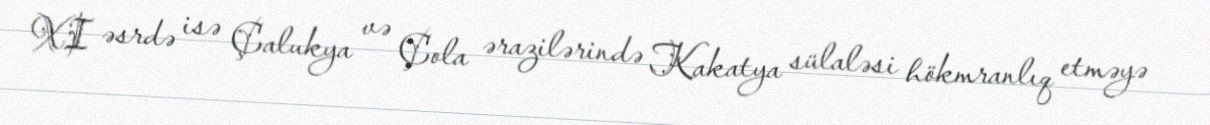
XI əsrdə isə Çalukya və Çola ərazilərində Kakatya sülaləsi hökmranlıq etməyə